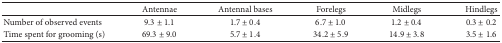
|  | Antennae | Antennal bases | Forelegs | Midlegs | Hindlegs |
 | --- | --- | --- | --- | --- | --- |
 | Number of observed events | 9.3 ± 1.1 | 1.7 ± 0.4 | 6.7 ± 1.0 | 1.2 ± 0.4 | 0.3 ± 0.2 |
 | Time spent for grooming (s) | 69.3 ± 9.0 | 5.7 ± 1.4 | 34.2 ± 5.9 | 14.9 ± 3.8 | 3.5 ± 1.6 |